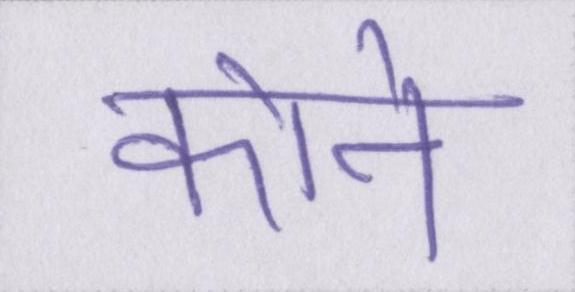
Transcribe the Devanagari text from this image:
कोने